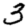
Digit: 3